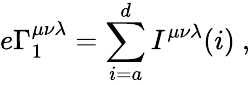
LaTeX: e\Gamma_{1}^{\mu\nu\lambda}=\sum_{i=a}^{d}I^{\mu\nu\lambda}(i)\ ,